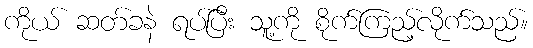
ကိုယ် ဆတ်ခနဲ ရပ်ပြီး သူ့ကို စိုက်ကြည့်လိုက်သည်။